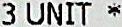
3 UNIT *